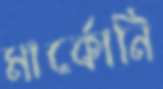
মার্কোনি